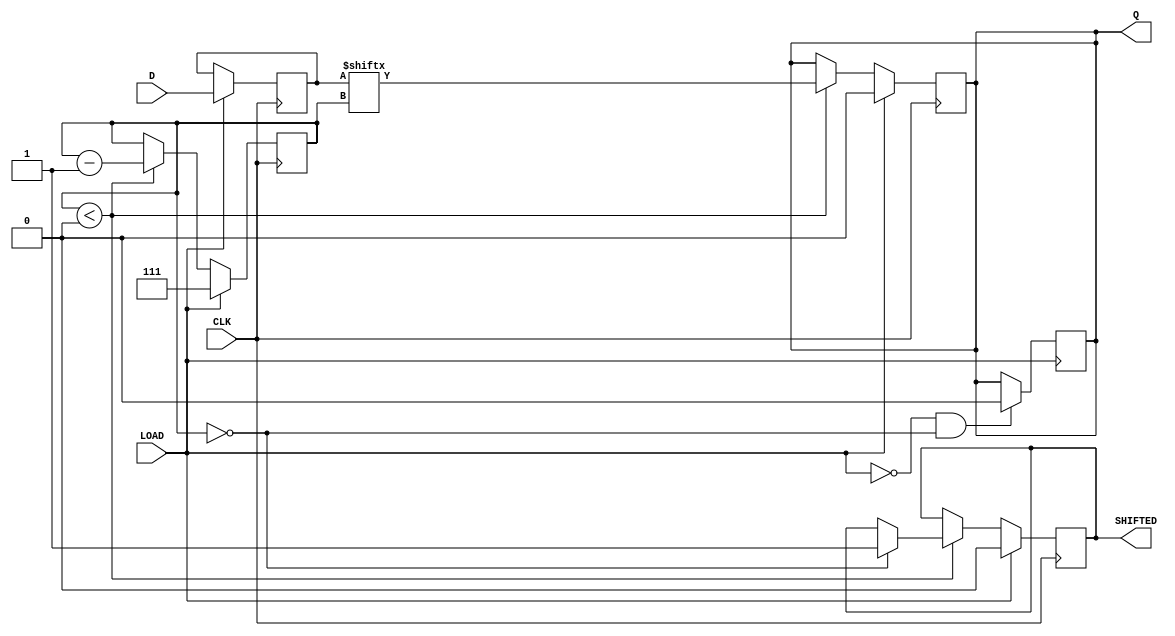
module PISO_Register (
    input wire [7:0] D,      // 8-bit data input
    input wire LOAD,         // Load control signal (active high)
    input wire CLK,          // Clock signal
    output reg Q,            // Serial output
    output reg SHIFTED       // Indicates when the data has been shifted out
);

    reg [7:0] shift_reg;     // Internal register to hold data
    reg [2:0] bit_count;     // Bit counter for shifting output

    // Sequential logic for loading and shifting
    always @(posedge CLK) begin
        if (LOAD) begin
            // Load the data into the shift register
            shift_reg <= D;
            Q <= 1'b0;          // Set serial output to low during load phase
            bit_count <= 3'd7;  // Initialize bit counter (7 for MSB)
            SHIFTED <= 1'b0;    // Reset SHIFTED signal
        end else if (bit_count < 3'd8) begin
            // Shift out data if not all bits have been shifted
            Q <= shift_reg[bit_count]; // Shift out the current bit to Q
            bit_count <= bit_count - 1; // Decrement counter
            if (bit_count == 3'd0) begin
                SHIFTED <= 1'b1; // Indicate completion of shifting
            end
        end
    end

    // Optional: During loading, Q is not driven or set to a known state
    always @(negedge LOAD) begin
        if (LOAD == 1'b0 && bit_count == 3'd0) begin
            Q <= 1'b0; // Ensure Q is low when no data is being shifted
        end
    end

endmodule